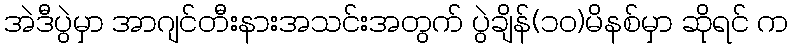
အဲဒီပွဲမှာ အာဂျင်တီးနားအသင်းအတွက် ပွဲချိန်(၁၀)မိနစ်မှာ ဆိုရင် က